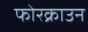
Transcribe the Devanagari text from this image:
फोरक्राउन